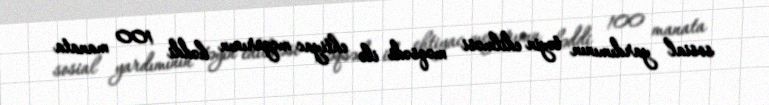
sosial yardımının təyin edilməsi məqsədi ilə ehtiyac meyarının həddi 100 manata